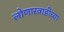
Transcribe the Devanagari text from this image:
लोणारवाडीच्या